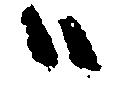
ハ